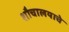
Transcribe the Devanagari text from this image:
शौचालयाचे